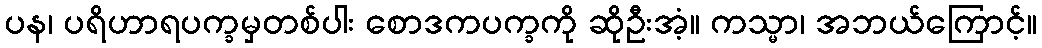
ပန၊ ပရိဟာရပက္ခမှတစ်ပါး စောဒကပက္ခကို ဆိုဦးအံ့။ ကသ္မာ၊ အဘယ်ကြောင့်။